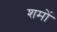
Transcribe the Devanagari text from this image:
शमों